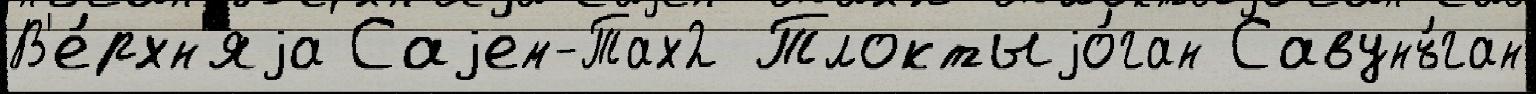
В'е́рхн'яjа Саjем-Тах2 Тлоктыjо́ган Савунъ́ган